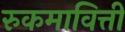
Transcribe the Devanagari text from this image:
रुकमावित्ती